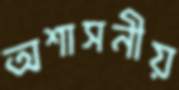
অশাসনীয়